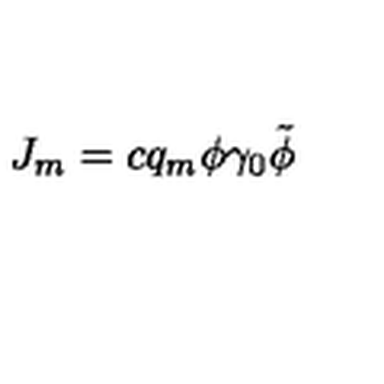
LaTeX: J _ { m } = c q _ { m } \phi \gamma _ { 0 } \tilde { \phi } \,